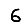
Digit: 6